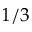
1 / 3